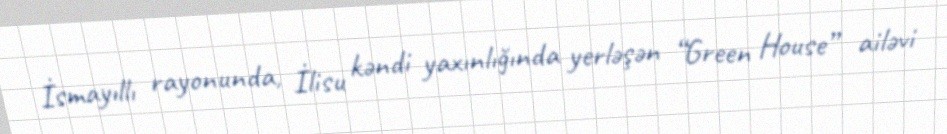
İsmayıllı rayonunda, İlisu kəndi yaxınlığında yerləşən “Green House” ailəvi